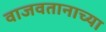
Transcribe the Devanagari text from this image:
वाजवतानाच्या